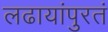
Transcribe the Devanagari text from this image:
लढायांपुरतं